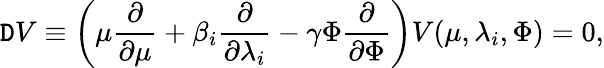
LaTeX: \mathtt{D}V\equiv\left(\mu\frac{{\partial}}{{\partial\mu}}+\beta_{i}\frac{{\partial}}{{\partial\lambda_{i}}}-\gamma\Phi\frac{{\partial}}{{\partial\Phi}}\right)V(\mu,\lambda_{i},\Phi)=0,